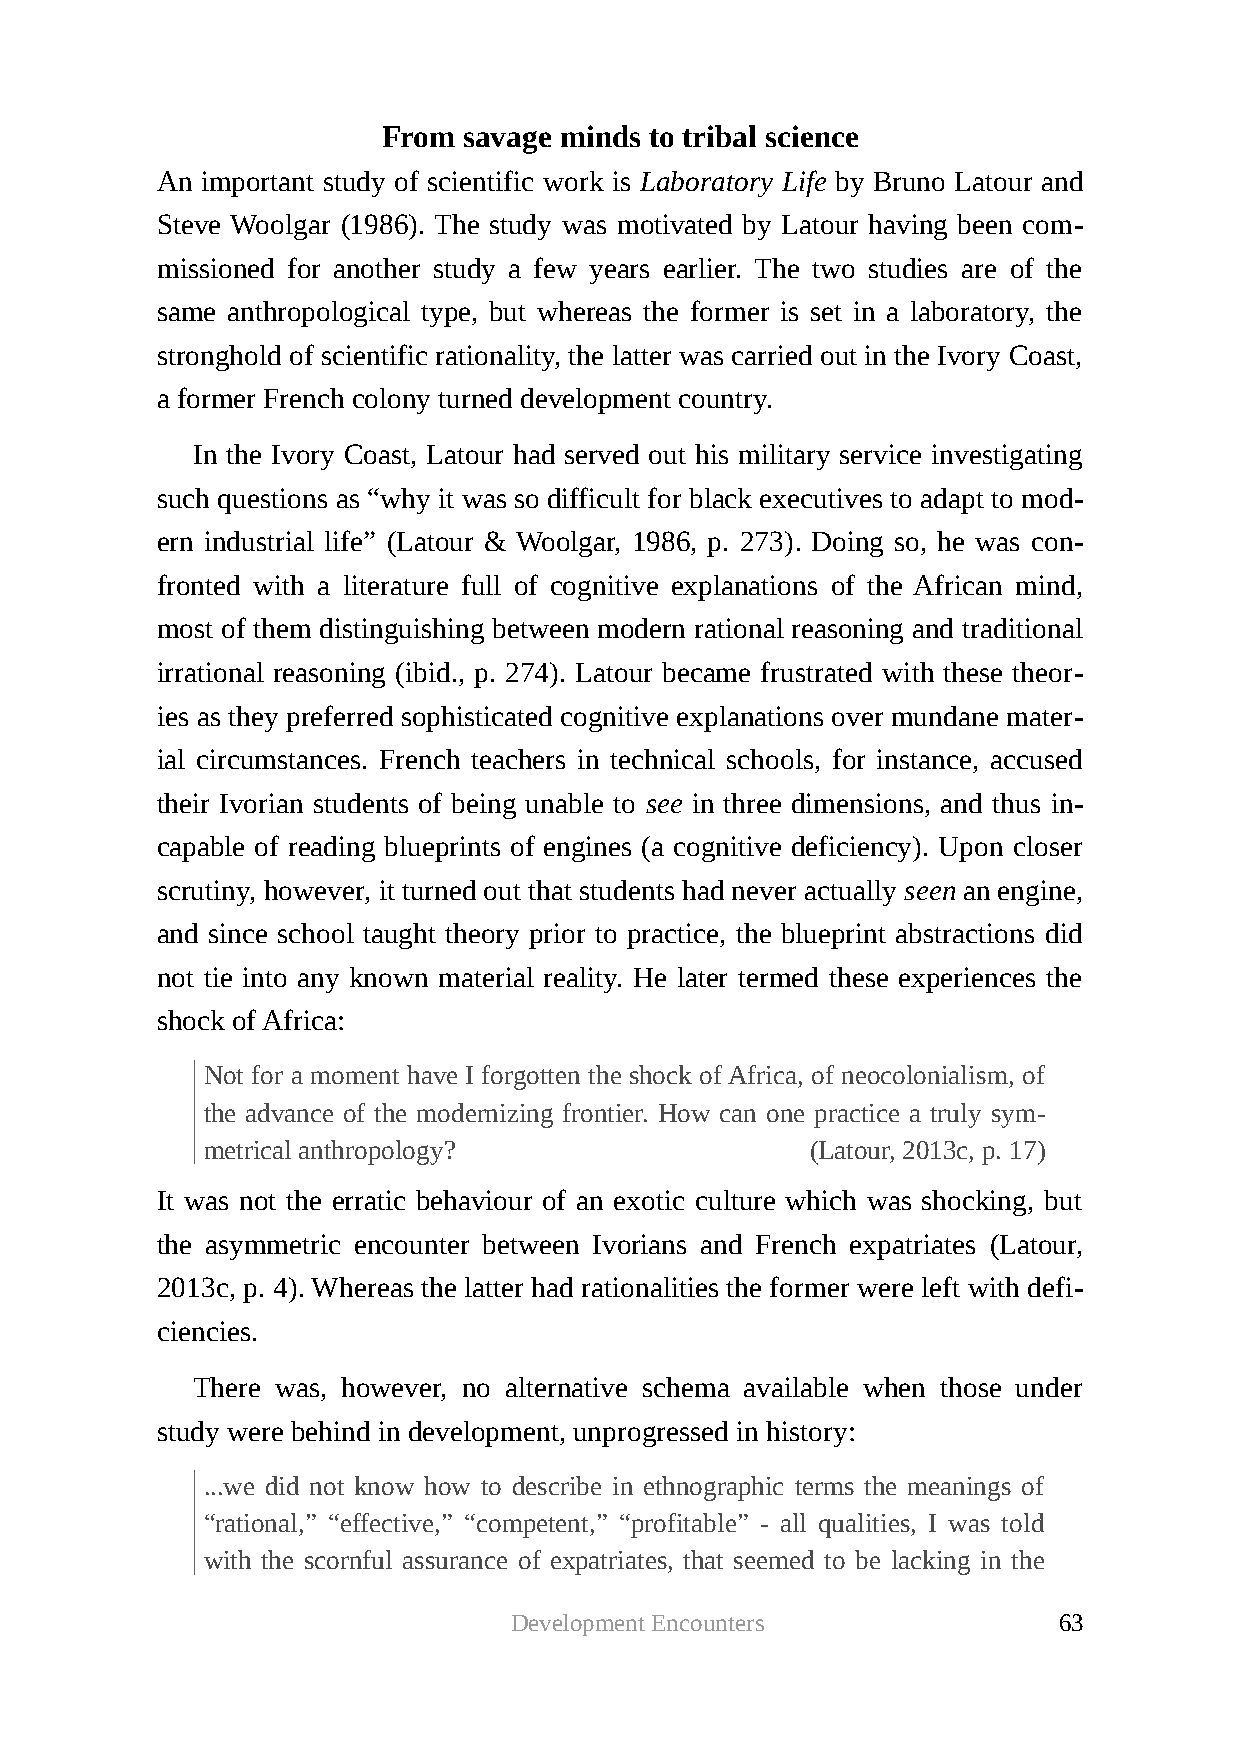
From  savage minds to tribal science
 An important study of scientific work is Laboratory Life by Bruno Latour and
 Steve Woolgar (1986). The study was motivated by Latour having been com-
 missioned for another study a few years earlier. The two studies are of the
 same anthropological type, but whereas the former is set in a laboratory, the
 stronghold of scientific rationality, the latter was carried out in the Ivory Coast,
 a former French colony turned development country.
 In the Ivory Coast, Latour had served out his military service investigating
 such questions as “why it was so difficult for black executives to adapt to mod-
 ern industrial life” (Latour & Woolgar, 1986, p. 273). Doing so, he was con-
 fronted with a literature full of cognitive explanations of the African mind,
 most of them distinguishing between modern rational reasoning and traditional
 irrational reasoning (ibid., p. 274). Latour became frustrated with these theor-
 ies as they preferred sophisticated cognitive explanations over mundane mater-
 ial circumstances. French teachers in technical schools, for instance, accused
 their Ivorian students of being unable to see in three dimensions, and thus in-
 capable of reading blueprints of engines (a cognitive deficiency). Upon closer
 scrutiny, however, it turned out that students had never actually seen an engine,
 and since school taught theory prior to practice, the blueprint abstractions did
 not tie into any known material reality. He later termed these experiences the
 shock of Africa:
 Not for a moment have I forgotten the shock of Africa, of neocolonialism, of
 the advance of the modernizing frontier. How can one practice a truly sym-
 metrical anthropology?                  (Latour, 2013c, p. 17)
 It was not the erratic behaviour of an exotic culture which was shocking, but
 the asymmetric encounter between Ivorians and French expatriates (Latour,
 2013c, p. 4). Whereas the latter had rationalities the former were left with defi-
 ciencies.
 There was, however, no alternative schema available when those under
 study were behind in development, unprogressed in history:
 ...we did not know how to describe in ethnographic terms the meanings of
 “rational,” “effective,” “competent,” “profitable” - all qualities, I was told
 with the scornful assurance of expatriates, that seemed to be lacking in the
 Development Encounters              63